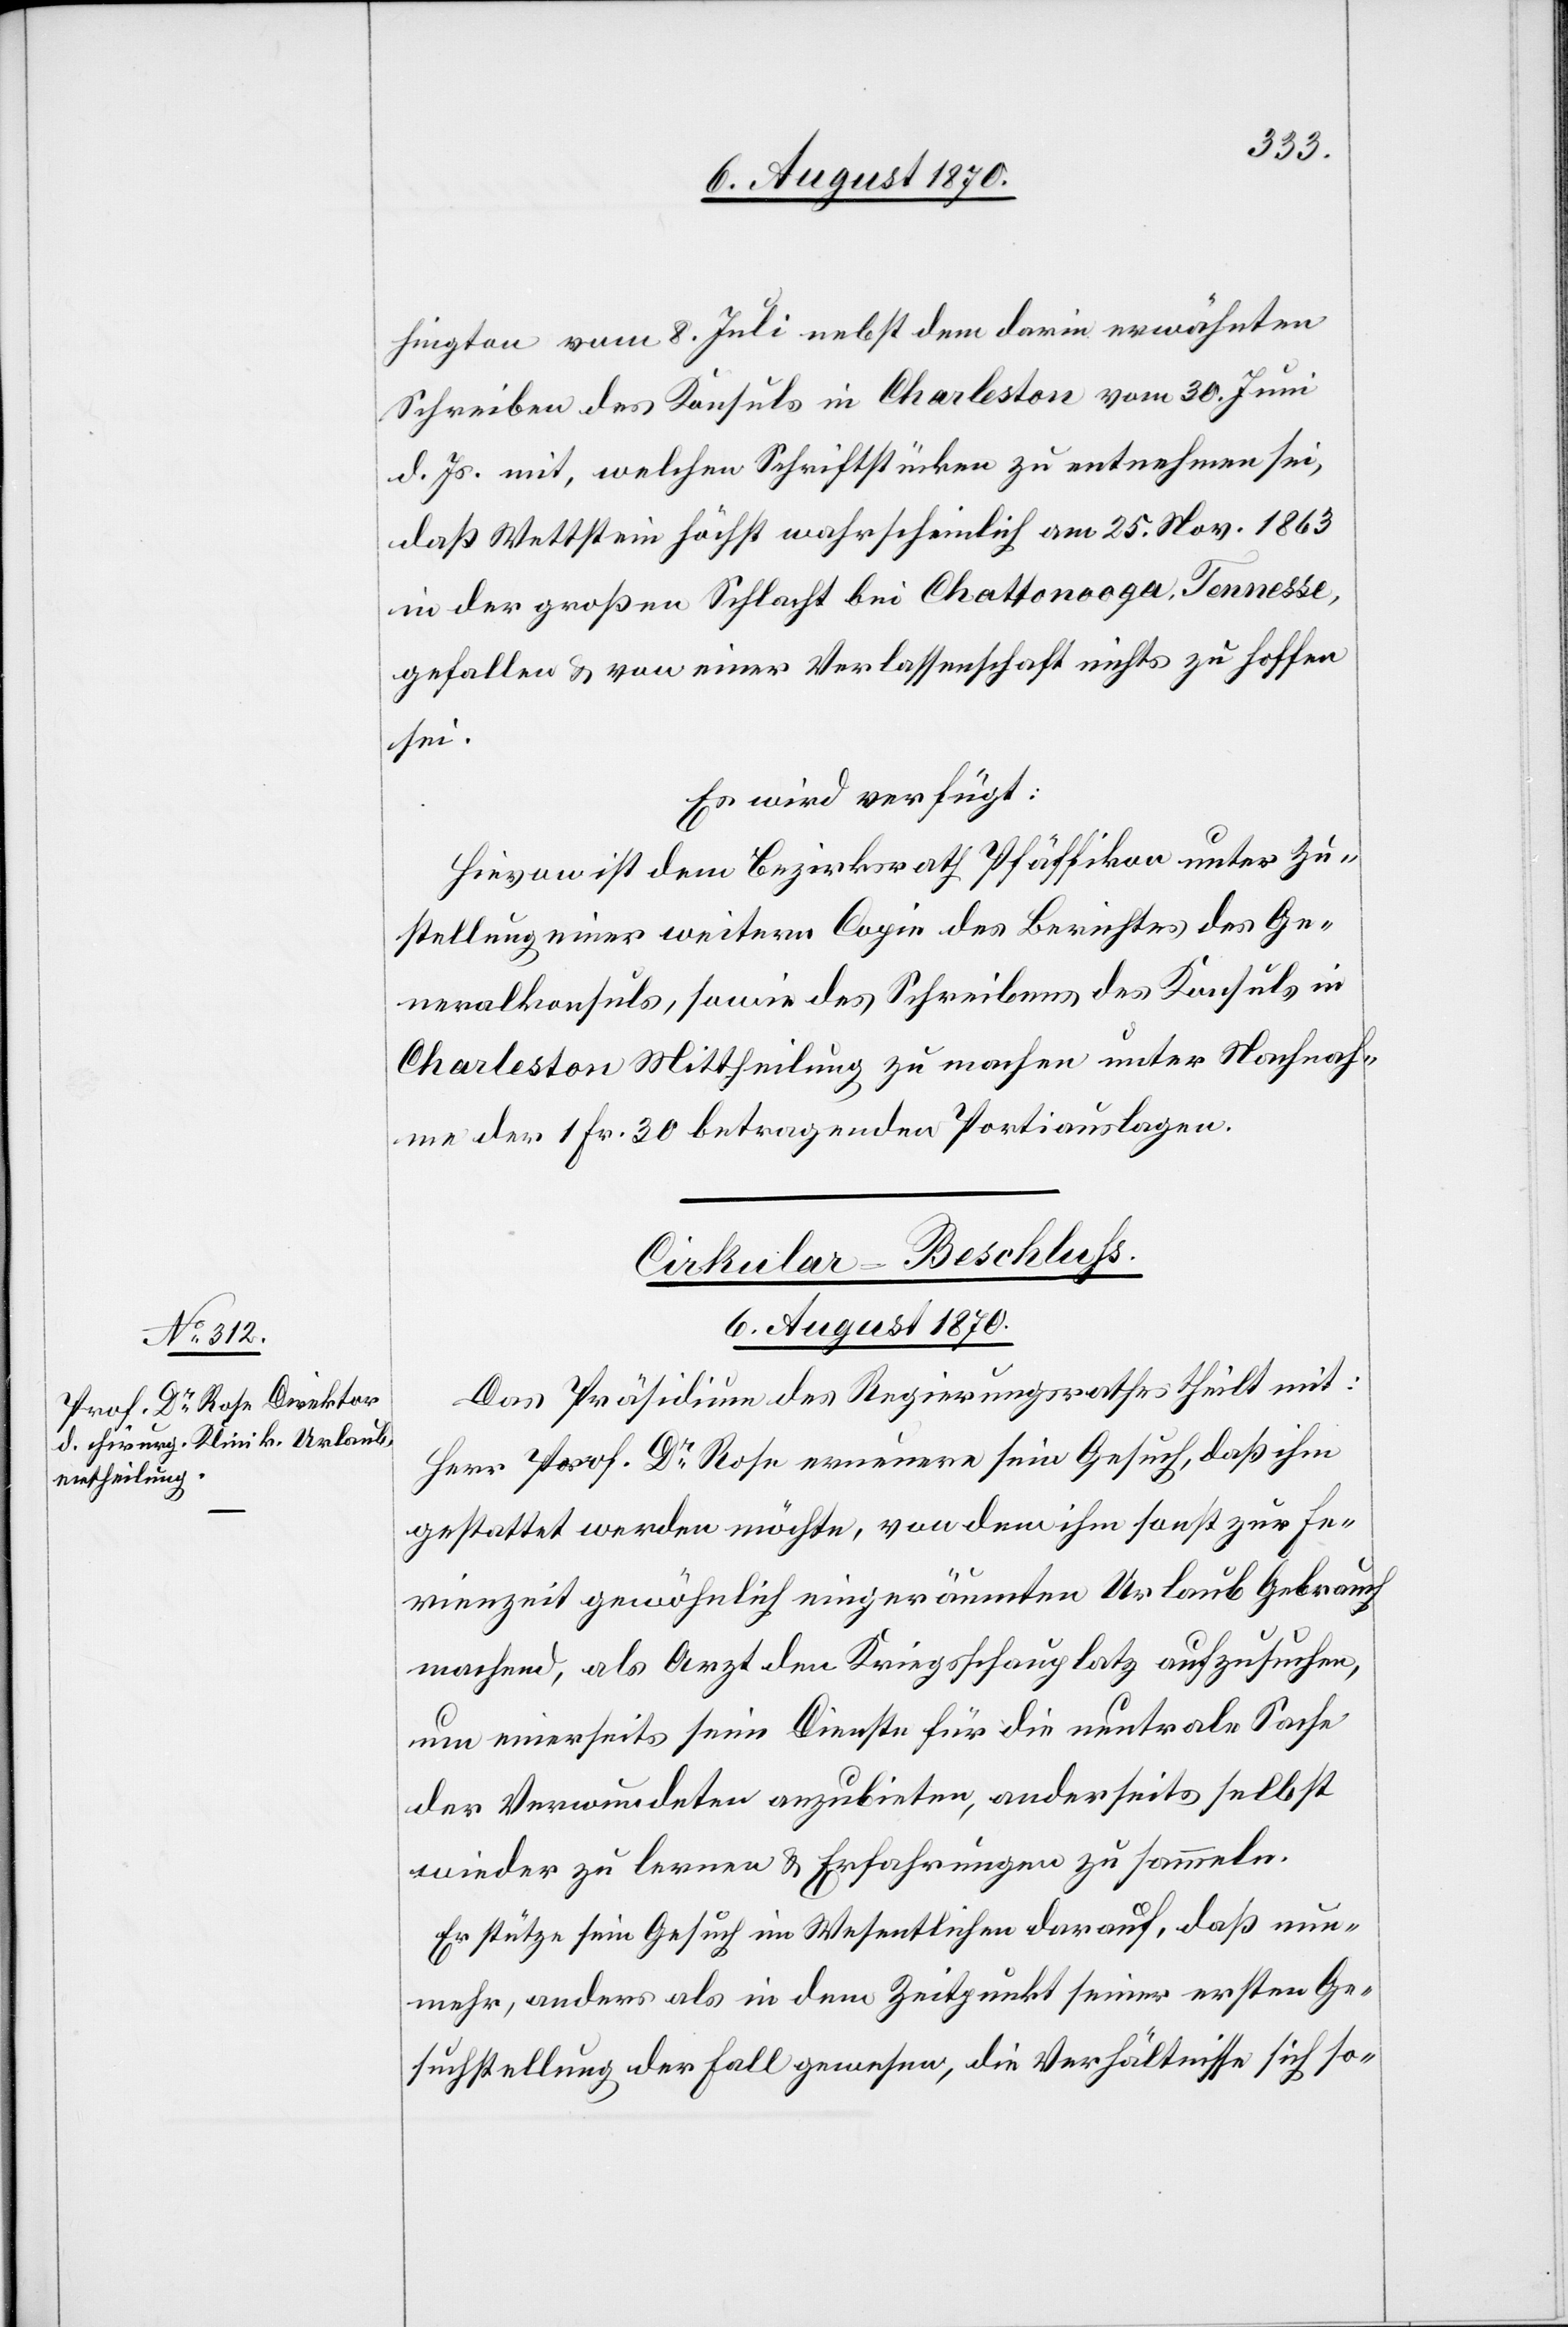
6. August 1870.
hington vom 8. Juli nebst dem darin erwähnten
Schreiben des Konsuls in Charleston vom 30. Juni
d. Js. mit, welchen Schriftstücken zu entnehmen sei
,daß Wettstein höchst wahrscheinlich am 25. Nov. 1863
in der großen Schlacht bei Chattonooga [recte:
gefallen & von einer Verlassenschaft nichts zu hoffen
sei.
Es wird verfügt:
Hievon ist dem Bezirksrath Pfäffikon unter Zu¬
stellung einer weiteren Copie des Berichtes des Ge¬
neralkonsuls, sowie des Schreibens des Konsuls in
Charleston Mittheilung zu machen unter Nachnah¬
me der 1 Fr. 30 betragenden Portiauslagen.
Cirkular-Beschluss.
Das Präsidium des Regierungsrathes theilt mit:
Herr Prof. Dr Rose erneuere sein Gesuch, daß ihm
gestattet werden möchte, von dem ihm sonst zur Fe¬
rienzeit gewöhnlich eingeräumten Urlaub Gebrauch
machend, als Arzt den Kriegsschauplatz aufzusuchen,
um einerseits seine Dienste für die neutrale Sache
der Verwundeten anzubieten, anderseits selbst
wieder zu lernen & Erfahrungen zu sammeln.
Er stütze sein Gesuch im Wesentlichen darauf, daß nun¬
mehr, anders als in dem Zeitpunkt seiner ersten Ge¬
suchstellung der Fall gewesen, die Verhältnisse sich so-